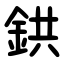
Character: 鉷